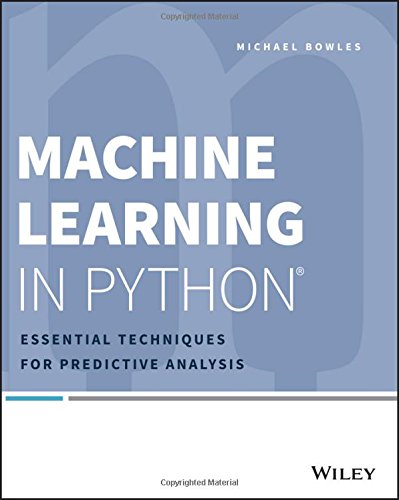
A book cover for Machine Learning in Python: Essential Techniques for Predictive Analysis; Michael Bowles; Computers & Technology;